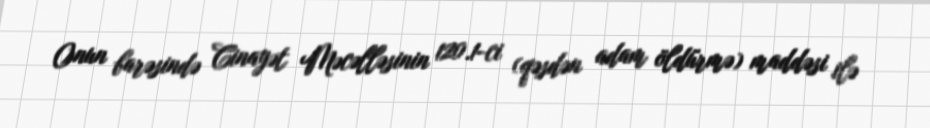
Onun barəsində Cinayət Məcəlləsinin 120.1-ci (qəsdən adam öldürmə) maddəsi ilə